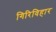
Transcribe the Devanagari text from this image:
गिरिविहार